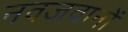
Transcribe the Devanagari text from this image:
नवजवानों